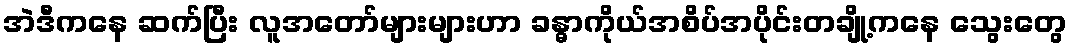
အဲဒီကနေ ဆက်ပြီး လူအတော်များများဟာ ခန္ဓာကိုယ်အစိပ်အပိုင်းတချို့ကနေ သွေးတွေ